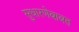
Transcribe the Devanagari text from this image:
सुधारणेबाबत